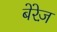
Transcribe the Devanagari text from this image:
बेरेज़